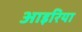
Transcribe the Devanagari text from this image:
आइरिया